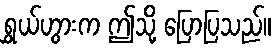
ရွှယ်ဟွားက ဤသို့ ပြောပြသည်။